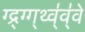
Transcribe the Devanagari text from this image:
ग्द्र्ग्ग्थ्व्॑व्॑वे